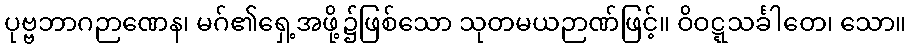
ပုဗ္ဗဘာဂဉာဏေန၊ မဂ်၏ရှေ့အဖို့၌ဖြစ်သော သုတမယဉာဏ်ဖြင့်။ ဝိဝဋ္ဋသင်္ခါတေ၊ သော။